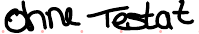
ohne Testat